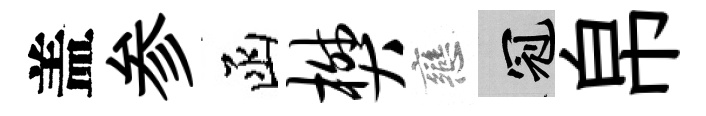
盖参函樊戀冠帛